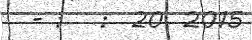
- :   :  20